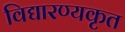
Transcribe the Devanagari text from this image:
विद्यारण्यकृत